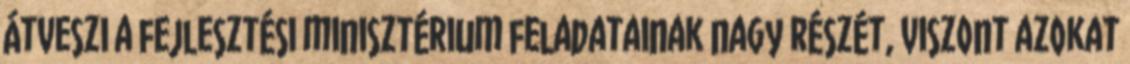
átveszi a fejlesztési minisztérium feladatainak nagy részét, viszont azokat